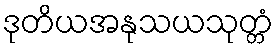
ဒုတိယအနုသယသုတ္တံ